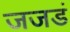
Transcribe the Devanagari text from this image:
जजडं